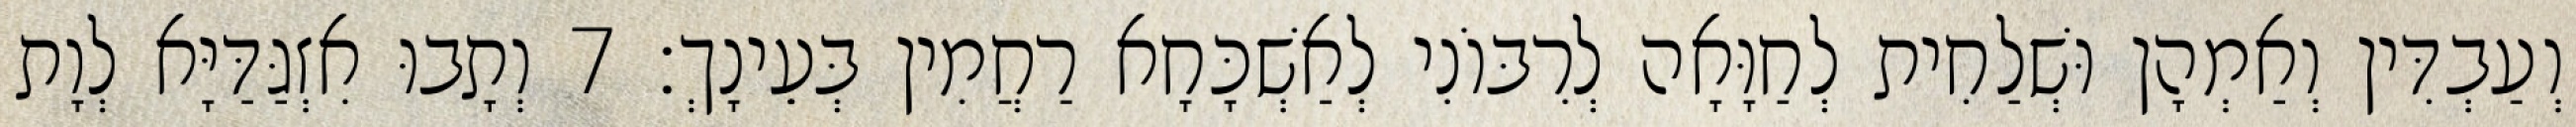
וְעַבְדִּין וְאַמְהָן וּשְׁלַחִית לְחַוָּאָה לְרִבּוֹנִי לְאַשְׁכָּחָא רַחֲמִין בְּעֵינָךְ׃ 7 וְתָבוּ אִזְגַּדַּיָּא לְוָת